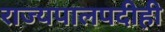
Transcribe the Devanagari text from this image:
राज्यपालपदीही